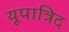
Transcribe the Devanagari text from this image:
यूपात्रिद